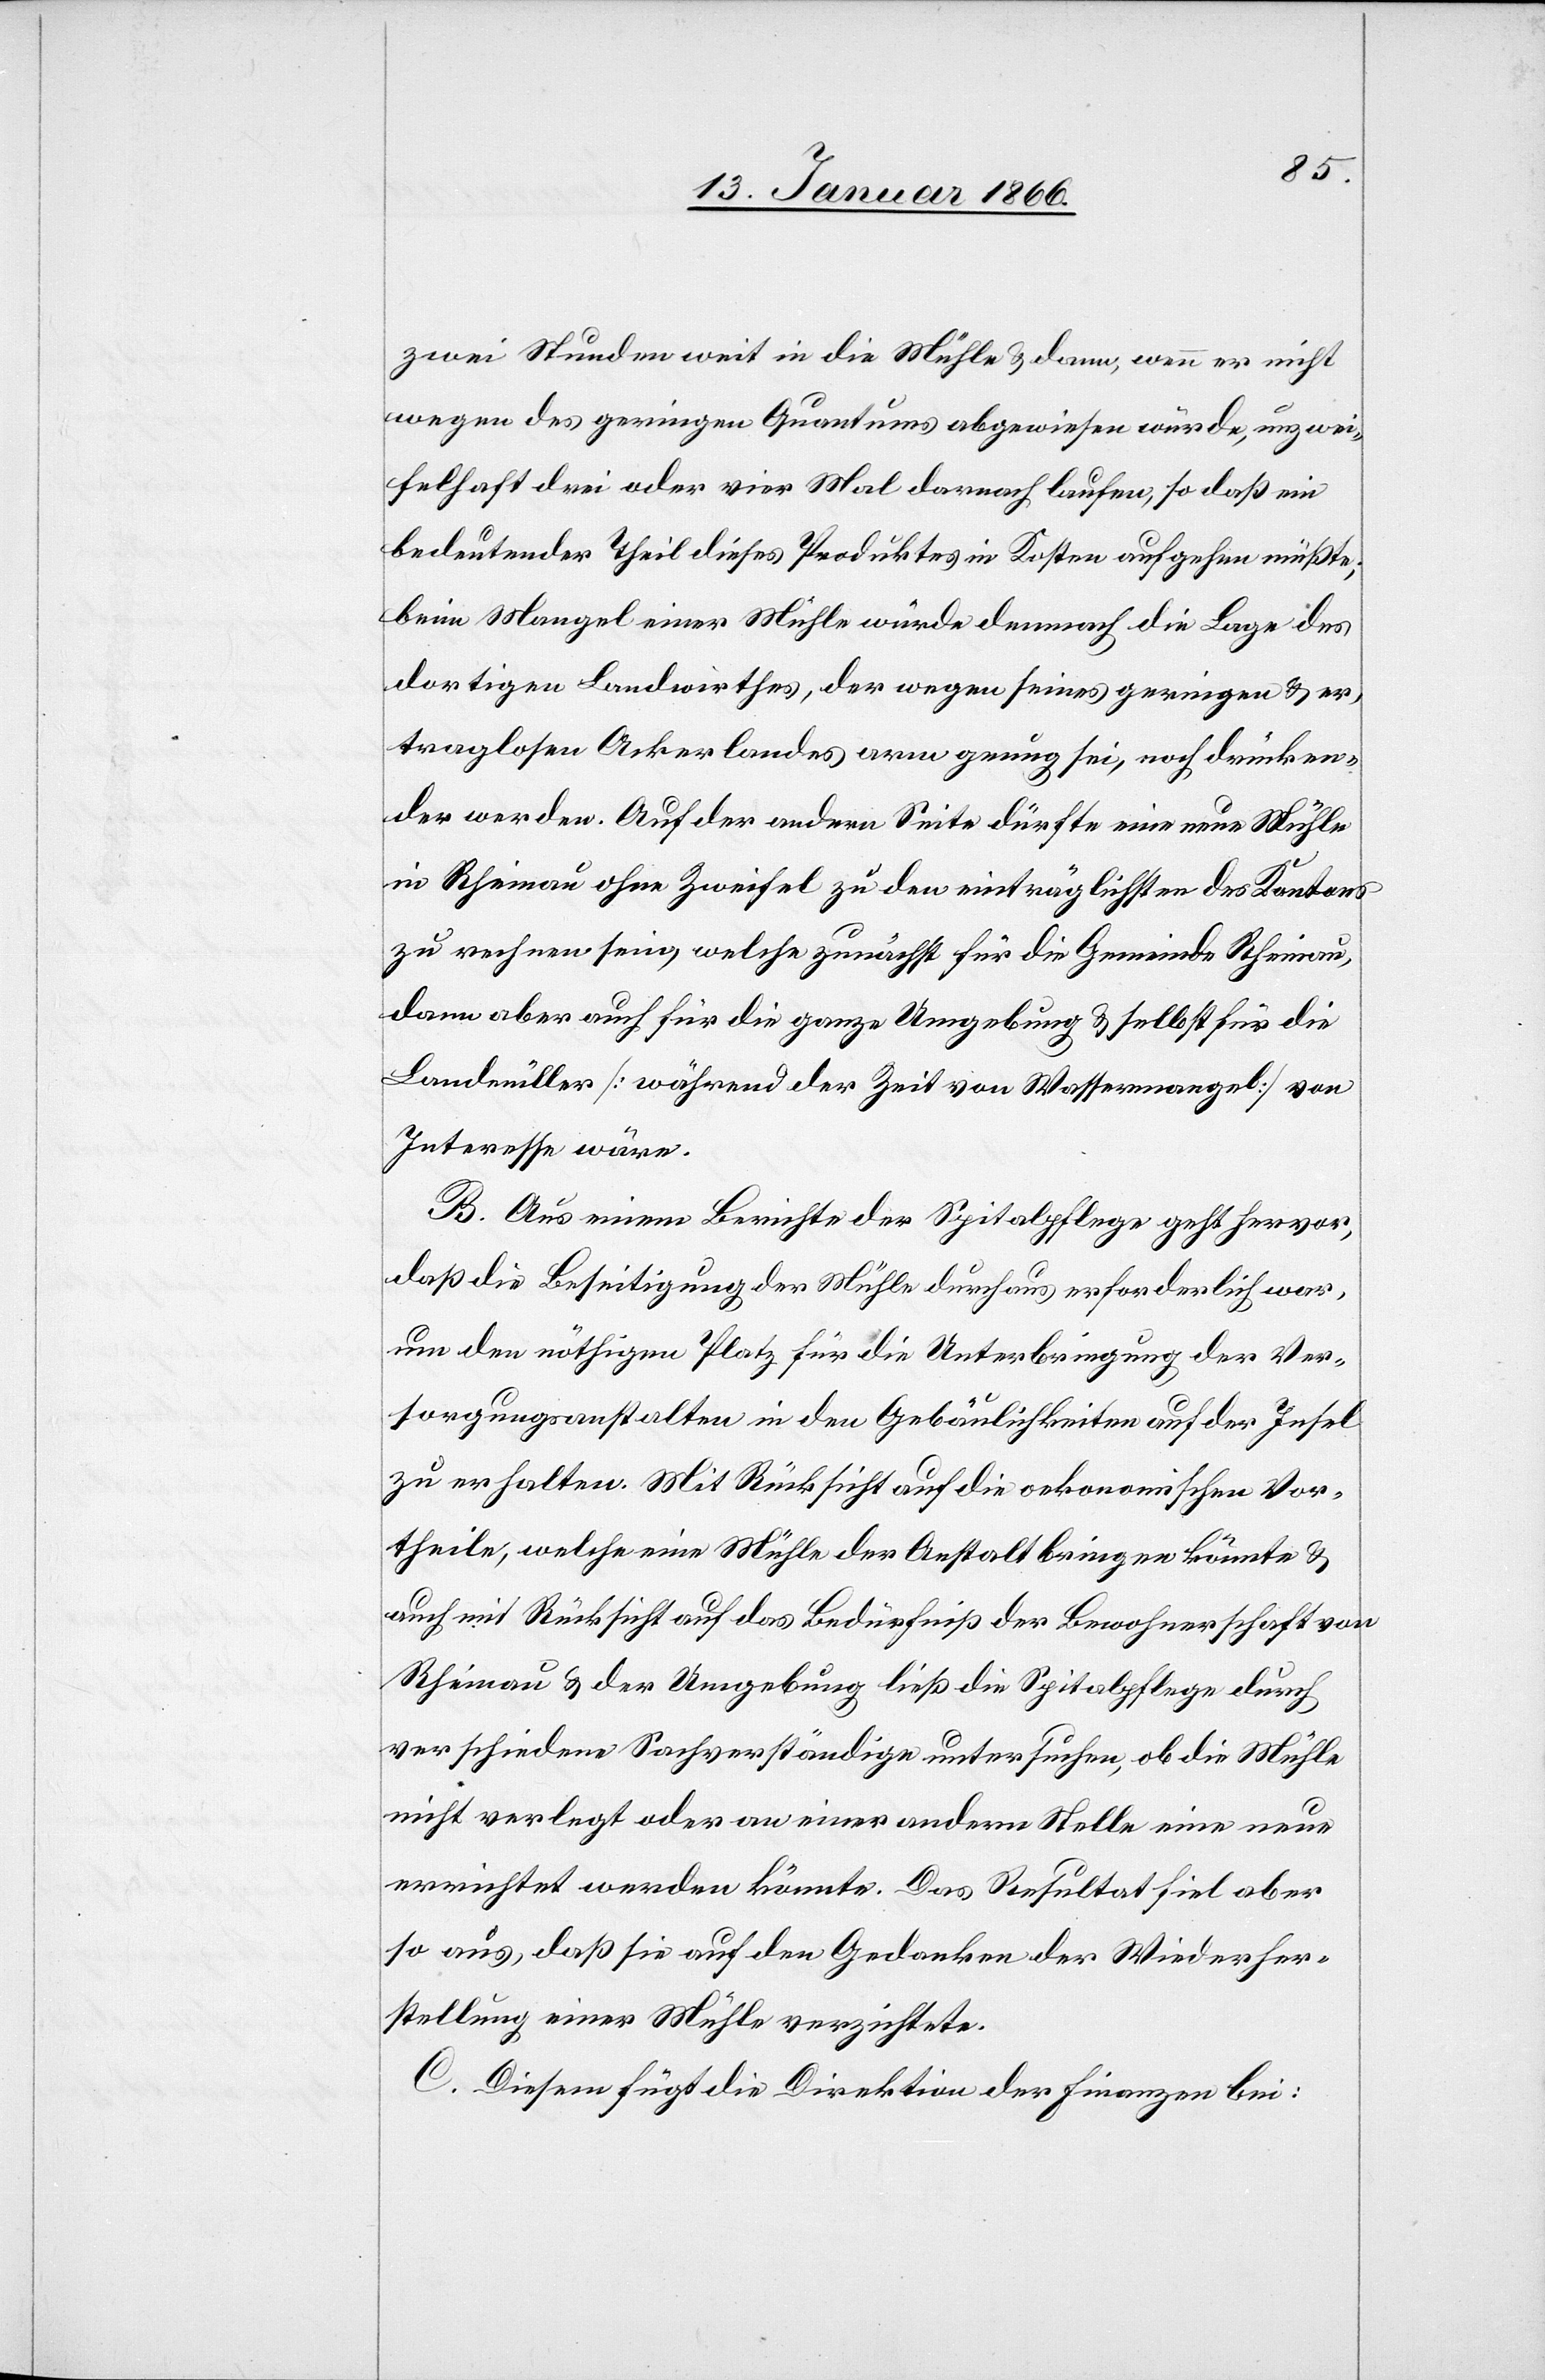
zwei Stunden weit in die Mühle u. dann, wenn er nicht
wegen des geringen Quantums abgewiesen würde, unzwei¬
felhaft drei oder vier Mal darnach laufen, so daß ein
bedeutender Theil dieses Produktes in Kosten aufgehen müßte;
beim Mangel einer Mühle würde demnach die Lage des
dortigen Landwirthes, der wegen seines geringen u. er¬
traglosen Ackerlandes arm genug sei, noch drücken¬
der werden. Auf der andern Seite dürfte eine neue Mühle
in Rheinau ohne Zweifel zu den einträglichsten des Kantons
zu rechnen sein, welche zunächst für die Gemeinde Rheinau,
dann aber auch für die ganze Umgebung u. selbst für die
Landmüller [während der Zeit von Wassermangel] von
Interesse wäre.
B. Aus einem Berichte der Spitalpflege geht hervor,
daß die Beseitigung der Mühle durchaus erforderlich war,
um den nöthigen Platz für die Unterbringung der Ver¬
sorgungsanstalten in den Gebäulichkeiten auf der Insel
zu erhalten. Mit Rücksicht auf die oekonomischen Vor¬
theile, welche eine Mühle der Anstalt bringen könnte u.
auch mit Rücksicht auf das Bedürfniß der Bewohnerschaft von
Rheinau u. der Umgebung ließ die Spitalpflege durch
verschiedene Sachverständige untersuchen, ob die Mühle
nicht verlegt oder an einer andern Stelle ein neue
errichtet werden könnte. Das Resultat fiel aber
so aus, daß sie auf den Gedanken der Wiederher¬
stellung einer Mühle verzichtete.
C. Diesem fügt die Direktion der Finanzen bei: